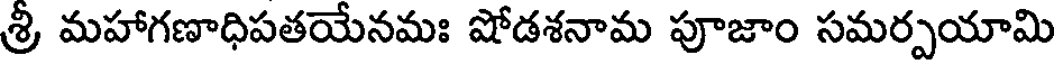
శ్రీ మహాగణాధిపతయేనమః షోడశనామ పూజాం సమర్పయామి